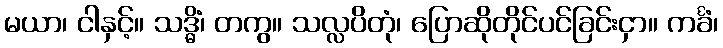
မယာ၊ ငါနှင့်။ သဒ္ဓိံ၊ တကွ။ သလ္လပိတုံ၊ ပြောဆိုတိုင်ပင်ခြင်းငှာ။ ကင်္ခံ၊